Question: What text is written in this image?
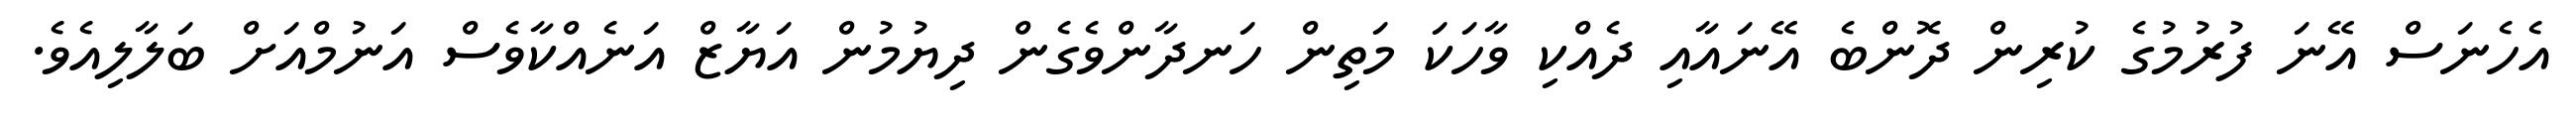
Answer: އެހެނަސް އޭނަ ފުރުމުގެ ކުރިން ދޮންބެ އޭނައާއި ދެއްކި ވާހަކަ މަތިން ހަނދާންވެގެން ދިޔުމުން އަޔާޒް އަނެއްކާވެސް އަނުމްއަށް ބަލާލިއެވެ.